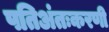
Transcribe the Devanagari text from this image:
पतिअंतःकरणी